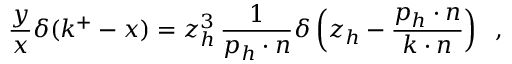
{ \frac { y } { x } } \delta ( k ^ { + } - x ) = z _ { h } ^ { 3 } \, { \frac { 1 } { p _ { h } \cdot n } } \delta \left( z _ { h } - { \frac { p _ { h } \cdot n } { k \cdot n } } \right) \; \; ,